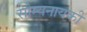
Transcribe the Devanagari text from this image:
सौम्यनायकी